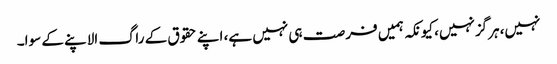
نہیں، ہرگزنہیں، کیونکہ ہمیں فرصت ہی نہیں ہے، اپنے حقوق کے راگ الاپنے کے سوا۔